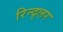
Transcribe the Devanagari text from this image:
रिन्द्लर